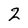
Character: 2